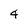
Character: 4